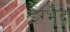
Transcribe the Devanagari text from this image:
इंग्भेद